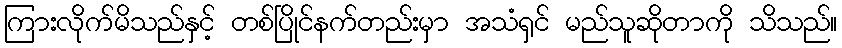
ကြားလိုက်မိသည်နှင့် တစ်ပြိုင်နက်တည်းမှာ အသံရှင် မည်သူဆိုတာကို သိသည်။